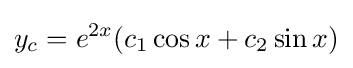
y_{c}=e^{2x}(c_{1}\cos x+c_{2}\sin x)